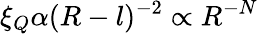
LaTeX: \xi_{Q}\alpha(R-l)^{-2}\propto R^{-N}